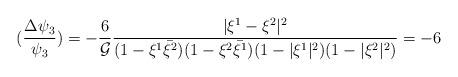
LaTeX: \begin{align*}(\frac{\Delta \psi_3}{\psi_3})=-\frac{6}{\mathcal{G}}\frac{|\xi^1-\xi^2|^2}{(1-\xi^1\bar{\xi^2})(1-\xi^2\bar{\xi^1})(1-|\xi^1|^2)(1-|\xi^2|^2)}=-6 \end{align*}